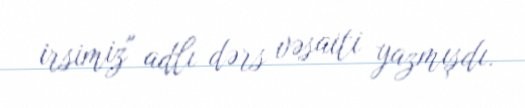
irsimiz" adlı dərs vəsaiti yazmışdı.